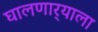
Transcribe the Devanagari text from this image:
घालणार्‍याला